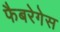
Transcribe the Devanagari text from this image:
फैबरेगेस